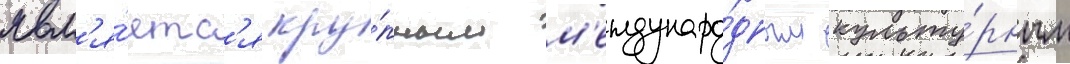
явл'я́етс'я кру́пным м'еждунаро́дным культу́рным